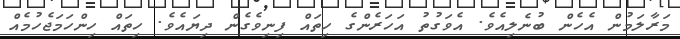
މަރާލަމުން އެހެން ބުނެލިއެވެ. އެވަގުތު އަހަރެންގެ ހިތައް ފިނިވެގެން ދިޔައެވެ. ހިތައް ހިންހަމަޖެހުމެއް